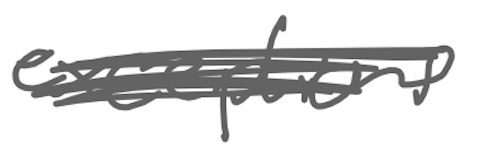
Text: exceptions
Cross-out: scratch
Writing tool: digital_gray